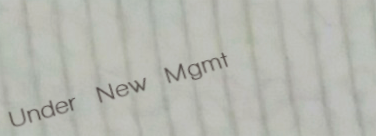
Under New Mgmt